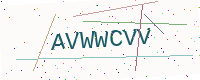
Text: AVWWCVV